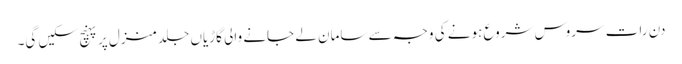
دن رات سروس شروع ہونے کی وجہ سے سامان لے جانے والی گاڑیاں جلد منزل پر پہنچ سکیں گی۔